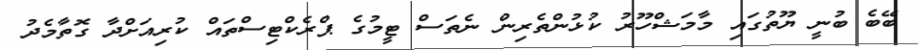
ބޭބެ ބުނީ ޔޫތުގައި މާމަޝްހޫރު ކުޅުންތެރިން ނެތަސް ޓީމުގެ ޕްރެކްޓިސްތައް ކުރިއަށްދާ ގޮތާމެދު